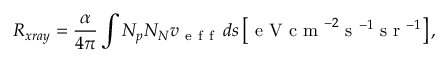
R _ { x r a y } = \frac { \alpha } { 4 \pi } \int N _ { p } N _ { N } v _ { \mathrm { ~ e ~ f ~ f ~ } } \, d s \left[ \mathrm { ~ e ~ V ~ c ~ m ~ } ^ { - 2 } \mathrm { ~ s ~ } ^ { - 1 } \mathrm { ~ s ~ r ~ } ^ { - 1 } \right] ,